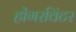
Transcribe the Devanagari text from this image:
होंगरविंटर